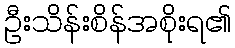
ဦးသိန်းစိန်အစိုးရ၏